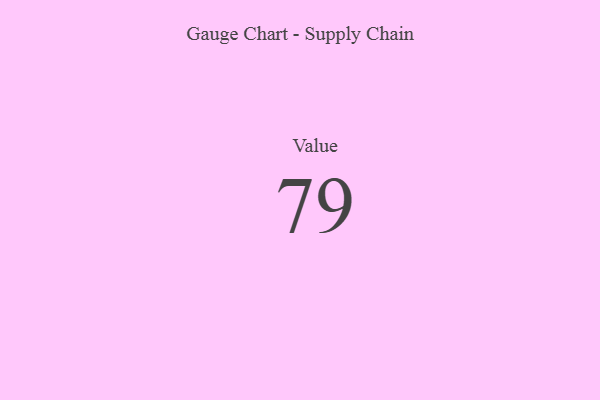
{"axis": {"x": "Metric", "y": "Value"}, "legend": [""], "data": [{"x": "Value", "y": 79, "type": ""}]}